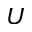
U